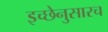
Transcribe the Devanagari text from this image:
इच्छेनुसारच